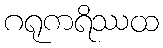
ဂရုကရိဿထ